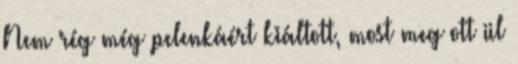
Nem rég még pelenkáért kiáltott, most meg ott ül